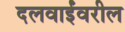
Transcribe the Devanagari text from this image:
दलवाईंवरील